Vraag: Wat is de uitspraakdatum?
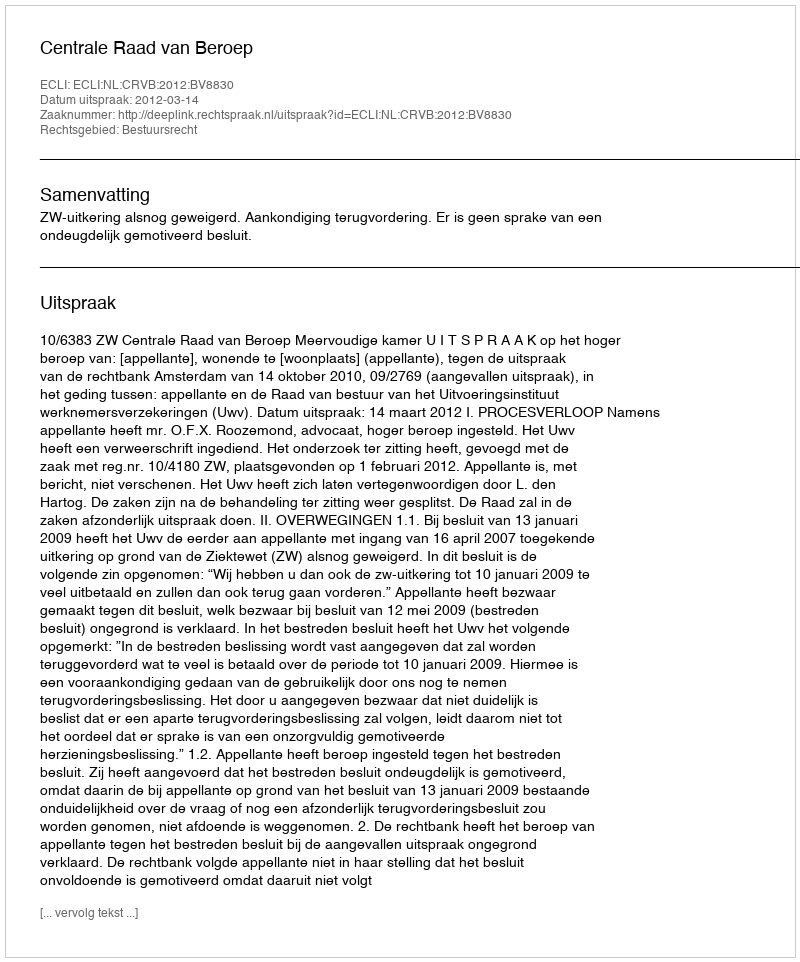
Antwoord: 2012-03-14